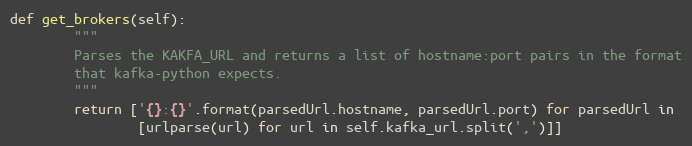
Language: Python
def get_brokers(self):
        """
        Parses the KAKFA_URL and returns a list of hostname:port pairs in the format
        that kafka-python expects.
        """
        return ['{}:{}'.format(parsedUrl.hostname, parsedUrl.port) for parsedUrl in
                [urlparse(url) for url in self.kafka_url.split(',')]]